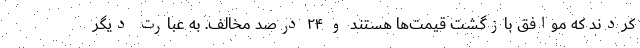
کردند که موافق بازگشت قیمت‌ها هستند و ۲۴ درصد مخالف. به عبارت دیگر